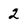
Character: 2